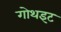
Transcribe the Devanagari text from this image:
गोथइट